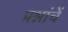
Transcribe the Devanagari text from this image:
प्रश्नांचें